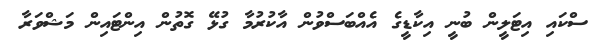
ސްކައި އިޓަލީން ބުނީ އިކާޑީގެ އެއްބަސްވުން އާކުރުމާ ގުޅޭ ގޮތުން އިންޓައިން މަޝްވަރާ